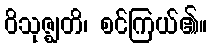
ဝိသုဇ္ဈတိ၊ စင်ကြယ်၏။